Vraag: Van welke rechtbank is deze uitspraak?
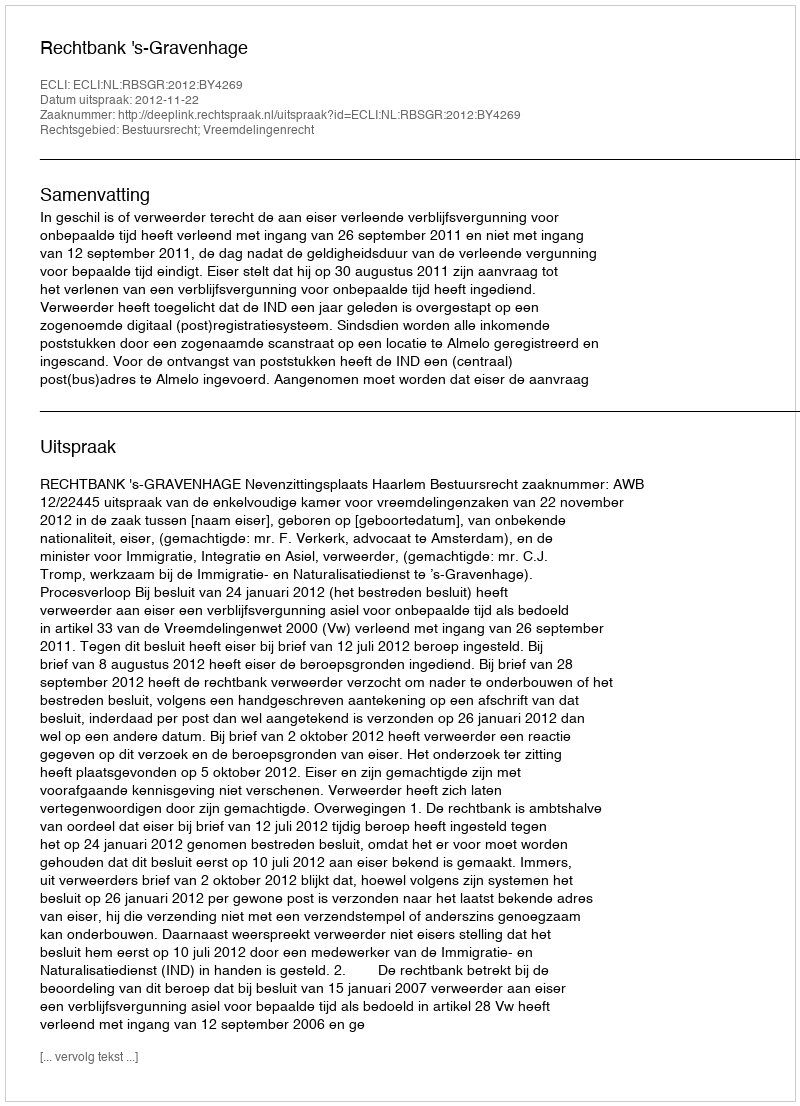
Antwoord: Rechtbank 's-Gravenhage